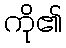
ကို၏